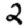
Digit: 2